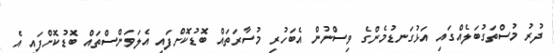
ދުރު މުސްތަގުބަލެއްގައި އަޅުގަނޑުމެންގެ ވިސްނުން އެބަހުރި މުސާރަތައް ބޮޑުކޮށްފައި އެލަވަންސްތައް ބޮޑުކޮށްފައި އެ